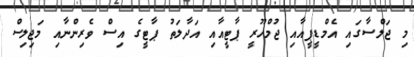
މި ޖަލްސާގައި އެމްޑީޕީއާއި ޖުމްހޫރީ ޕާޓީއާއި އަދާލަތު ޕާޓީގެ އިސް ވެރިންނާއި މަޖިލިސް